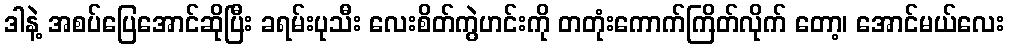
ဒါနဲ့ အစပ်ပြေအောင်ဆိုပြီး ခရမ်းပုသီး လေးစိတ်ကွဲဟင်းကို တတုံးကောက်ကြိတ်လိုက် တော့၊ အောင်မယ်လေး